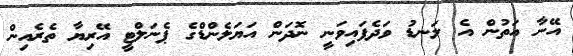
އޭނާ އަތުން އެ ލަނޑު ވަދެފައިވަނީ ނޮދަން އަޔަލެންޑްގެ ޕެނަލްޓީ އޭރިޔާ ތެރެއިން